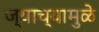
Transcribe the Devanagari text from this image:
ज्याच्यामुळे